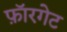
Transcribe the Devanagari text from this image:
फ़ॉरगेट